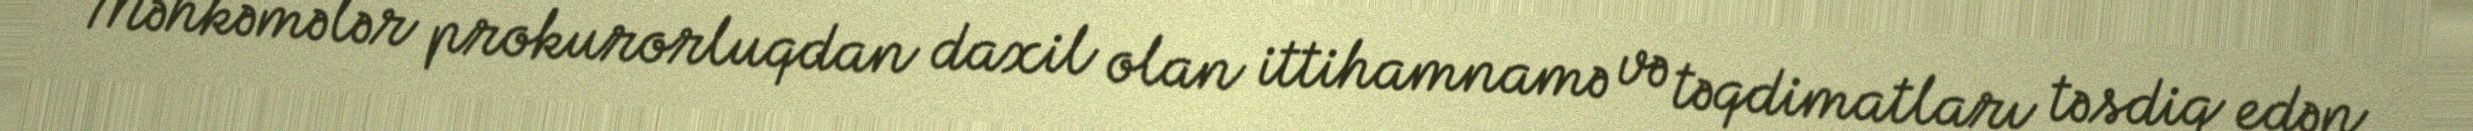
Məhkəmələr prokurorluqdan daxil olan ittihamnamə və təqdimatları təsdiq edən